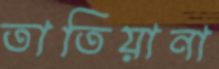
তাতিয়ানা